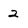
Character: 2